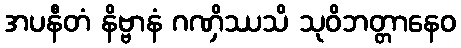
အပနီတံ နိဗ္ဗာနံ ဂဏှိဿသိ သုဝိဘတ္တာနေဝ